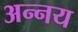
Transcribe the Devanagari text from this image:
अन्‍नय